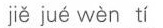
jiě jué wèn tí